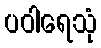
ပဝါရေသုံ